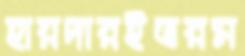
হায়দারইতরম